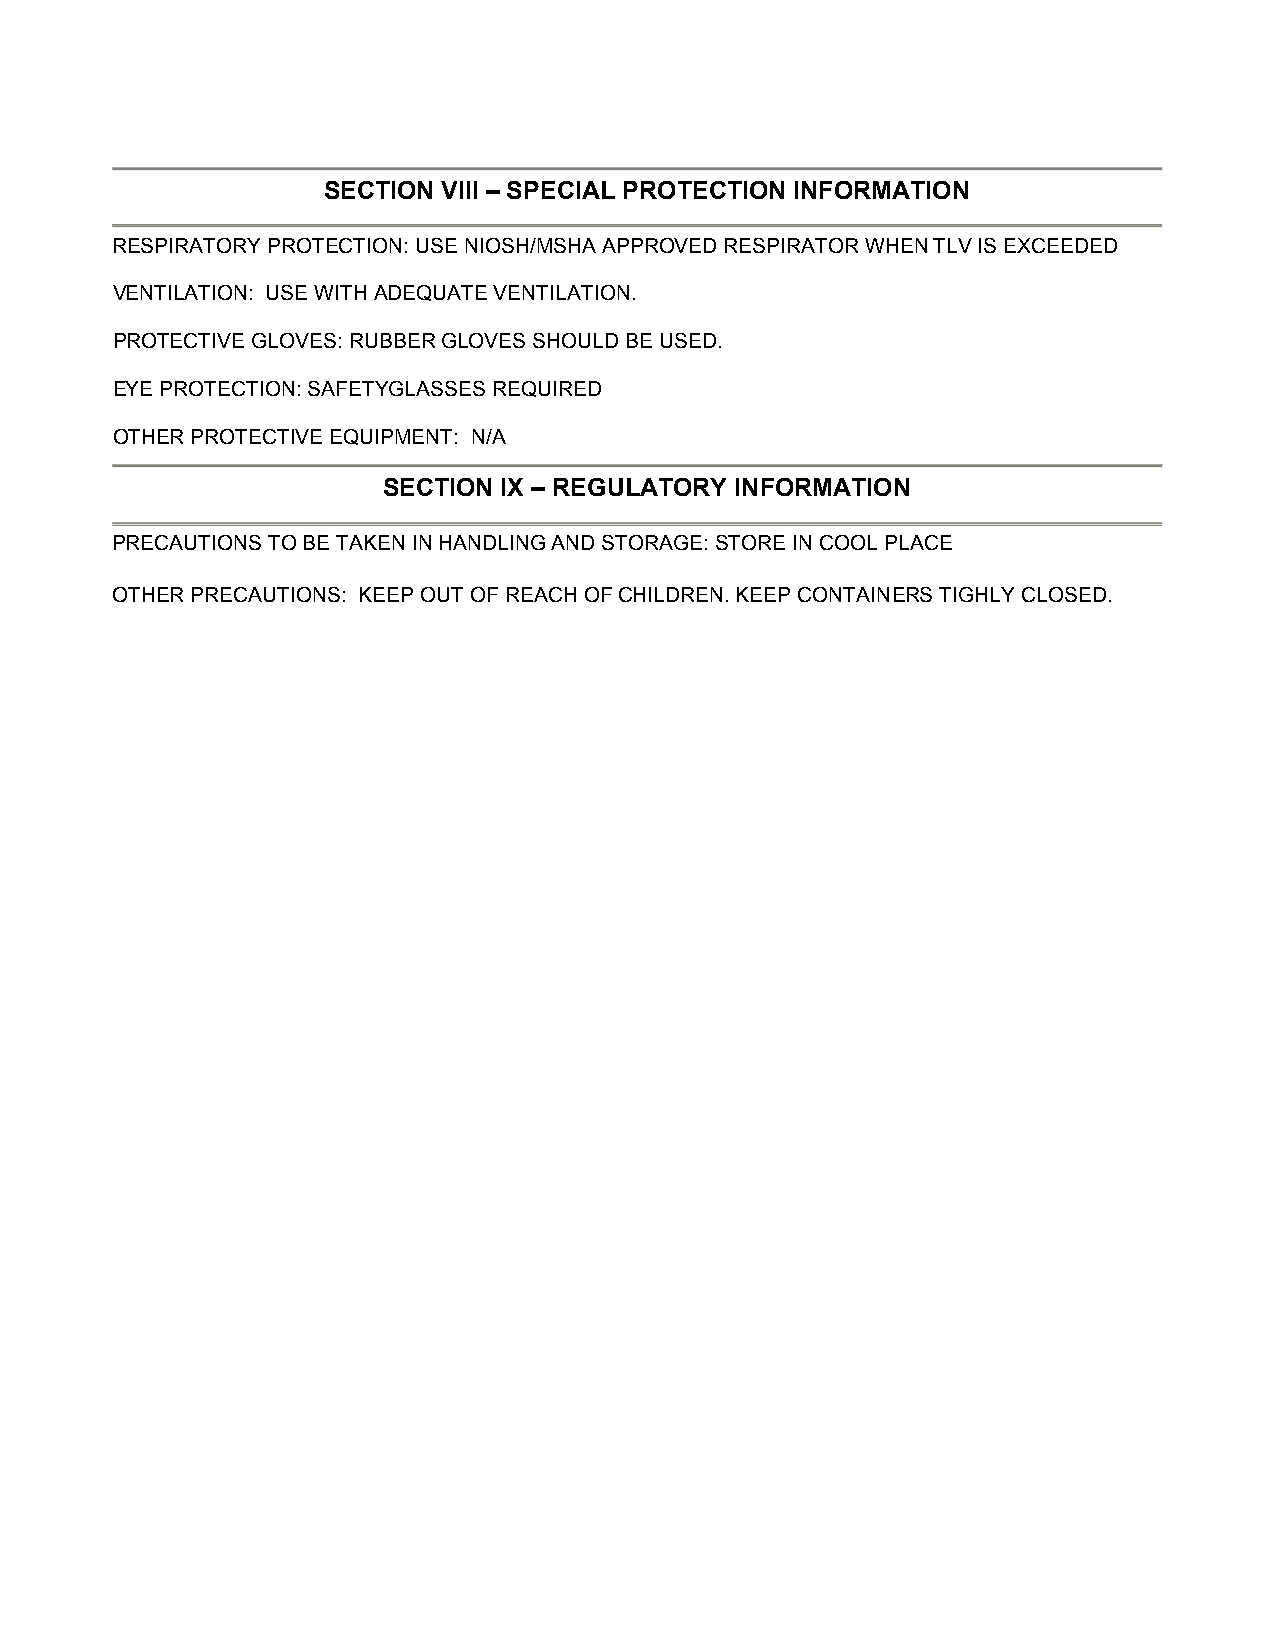
SECTION VIII – SPECIAL PROTECTION INFORMATION
 RESPIRATORY PROTECTION: USE NIOSH/MSHA APPROVED RESPIRATOR WHEN TLV IS EXCEEDED
 VENTILATION: USE WITH ADEQUATE VENTILATION.
 PROTECTIVE GLOVES: RUBBER GLOVES SHOULD BE USED.
 EYE PROTECTION: SAFETYGLASSES REQUIRED
 OTHER PROTECTIVE EQUIPMENT: N/A
 SECTION IX – REGULATORY INFORMATION
 PRECAUTIONS TO BE TAKEN IN HANDLING AND STORAGE: STORE IN COOL PLACE
 OTHER PRECAUTIONS: KEEP OUT OF REACH OF CHILDREN. KEEP CONTAINERS TIGHLY CLOSED.